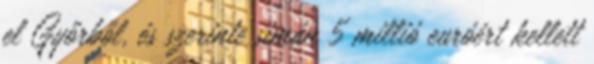
el Győrből, és szerinte simán 5 millió euróért kellett